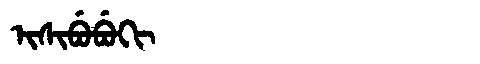
Manchu: ᡳᠰᡳᠪᡠᠪᡠᡴᡳ
Romanization: ISIBUBUKI